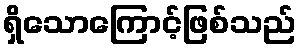
ရှိသောကြောင့်ဖြစ်သည်